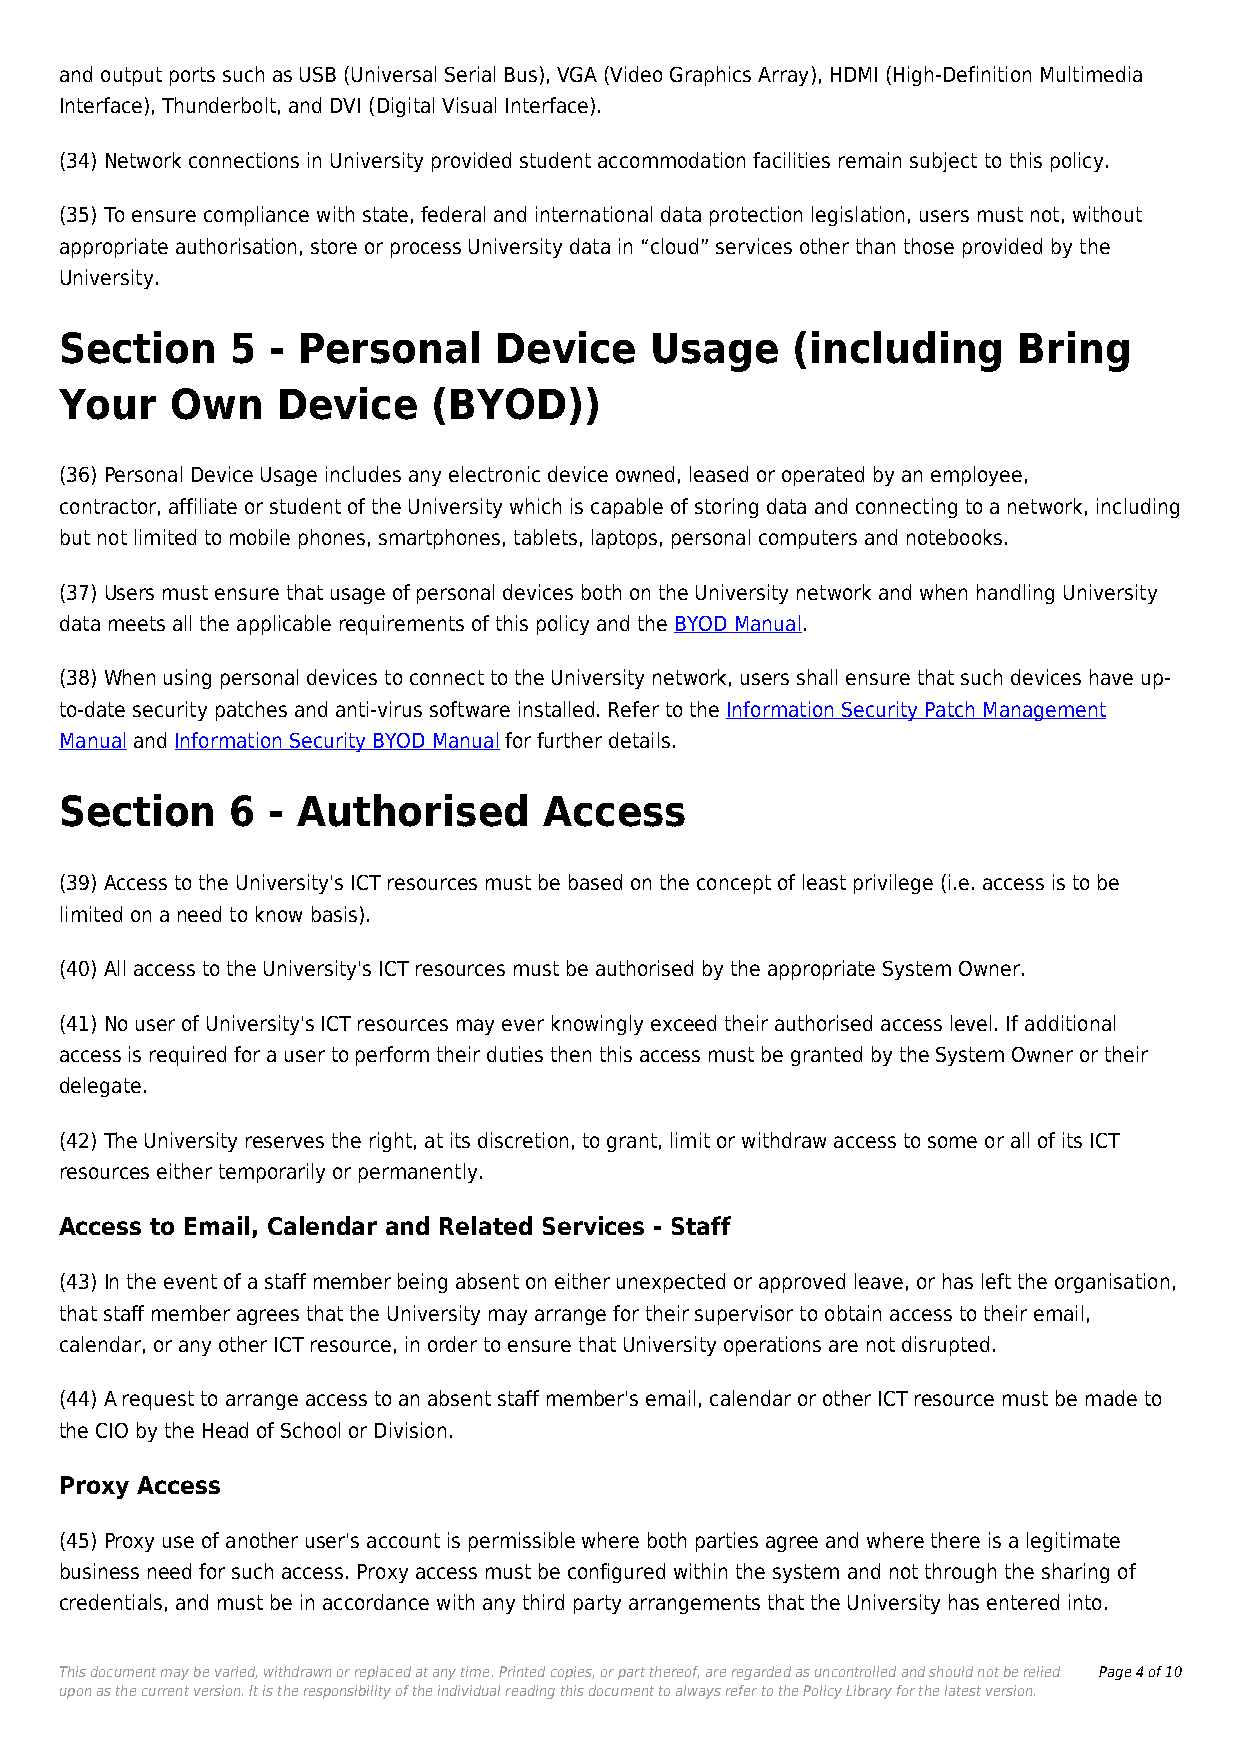
and output ports such as USB (Universal Serial Bus), VGA (Video Graphics Array), HDMI (High-Definition Multimedia
 Interface), Thunderbolt, and DVI (Digital Visual Interface).
 (34) Network connections in University provided student accommodation facilities remain subject to this policy.
 (35) To ensure compliance with state, federal and international data protection legislation, users must not, without
 appropriate authorisation, store or process University data in “cloud” services other than those provided by the
 University.
 Section    5  - Personal     Device    Usage    (including     Bring
 Your   Own    Device     (BYOD))
 (36) Personal Device Usage includes any electronic device owned, leased or operated by an employee,
 contractor, affiliate or student of the University which is capable of storing data and connecting to a network, including
 but not limited to mobile phones, smartphones, tablets, laptops, personal computers and notebooks.
 (37) Users must ensure that usage of personal devices both on the University network and when handling University
 data meets all the applicable requirements of this policy and the BYOD Manual.
 (38) When using personal devices to connect to the University network, users shall ensure that such devices have up-
 to-date security patches and anti-virus software installed. Refer to the Information Security Patch Management
 Manual and Information Security BYOD Manual for further details.
 Section    6  - Authorised      Access
 (39) Access to the University's ICT resources must be based on the concept of least privilege (i.e. access is to be
 limited on a need to know basis).
 (40) All access to the University's ICT resources must be authorised by the appropriate System Owner.
 (41) No user of University's ICT resources may ever knowingly exceed their authorised access level. If additional
 access is required for a user to perform their duties then this access must be granted by the System Owner or their
 delegate.
 (42) The University reserves the right, at its discretion, to grant, limit or withdraw access to some or all of its ICT
 resources either temporarily or permanently.
 Access to Email, Calendar and Related Services - Staff
 (43) In the event of a staff member being absent on either unexpected or approved leave, or has left the organisation,
 that staff member agrees that the University may arrange for their supervisor to obtain access to their email,
 calendar, or any other ICT resource, in order to ensure that University operations are not disrupted.
 (44) A request to arrange access to an absent staff member's email, calendar or other ICT resource must be made to
 the CIO by the Head of School or Division.
 Proxy Access
 (45) Proxy use of another user's account is permissible where both parties agree and where there is a legitimate
 business need for such access. Proxy access must be configured within the system and not through the sharing of
 credentials, and must be in accordance with any third party arrangements that the University has entered into.
 This document may be varied, withdrawn or replaced at any time. Printed copies, or part thereof, are regarded as uncontrolled and should not be relied Page 4 of 10
 upon as the current version. It is the responsibility of the individual reading this document to always refer to the Policy Library for the latest version.